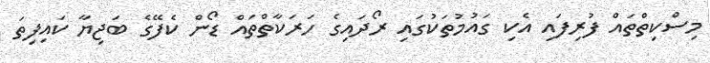
މިސްކިތްތައް ފުރިފައި އެކި ގައުމުތަކުގައި ރޯދައިގެ ހަރަކާތްތައް ޑޯން ކެފޭގެ ބަޖިޔާ ކައިފިތަ